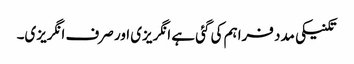
تکنیکی مدد فراہم کی گئی ہے انگریزی اور صرف انگریزی۔